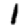
Digit: 1